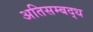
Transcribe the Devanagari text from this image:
अतिसम्बद्ध